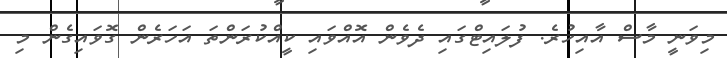
މިވަނީ މާސް އާއިހުރެ. ފުލައިޓްގައި ދެވެން އޮއްވައި ކީއްކުރަންތަ އަހަރެން ގޮވައިގެން މި